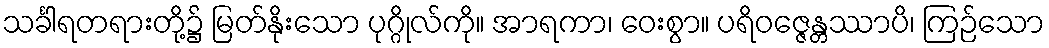
သင်္ခါရတရားတို့၌ မြတ်နိုးသော ပုဂ္ဂိုလ်ကို။ အာရကာ၊ ဝေးစွာ။ ပရိဝဇ္ဇေန္တဿာပိ၊ ကြဉ်သော